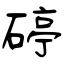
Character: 碠